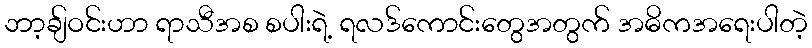
ဘာ့ချ်ဝင်းဟာ ရာသီအစ စပါးရဲ့ ရလဒ်ကောင်းတွေအတွက် အဓိကအရေးပါတဲ့